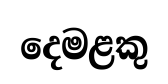
දෙමළකු